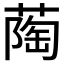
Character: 𬞌